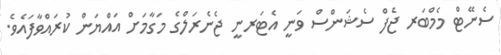
ސެނޭޓް މެމްބަރ ޖެފް ސެޝަންސް ވަނީ އެޓަރނީ ޖެނެރަލްގެ މަގާމަށް އައްޔަން ކުރައްވާފައެވެ.